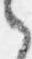
之